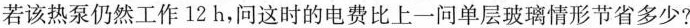
若该热泵仍然工作12h，问这时的电费比上一问单层玻璃情形节省多少?